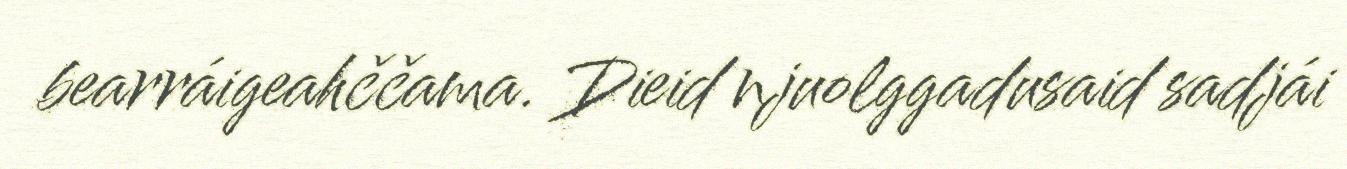
bearráigeahččama. Dieid njuolggadusaid sadjái